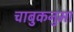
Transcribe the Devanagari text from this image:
चाबुकनुमा